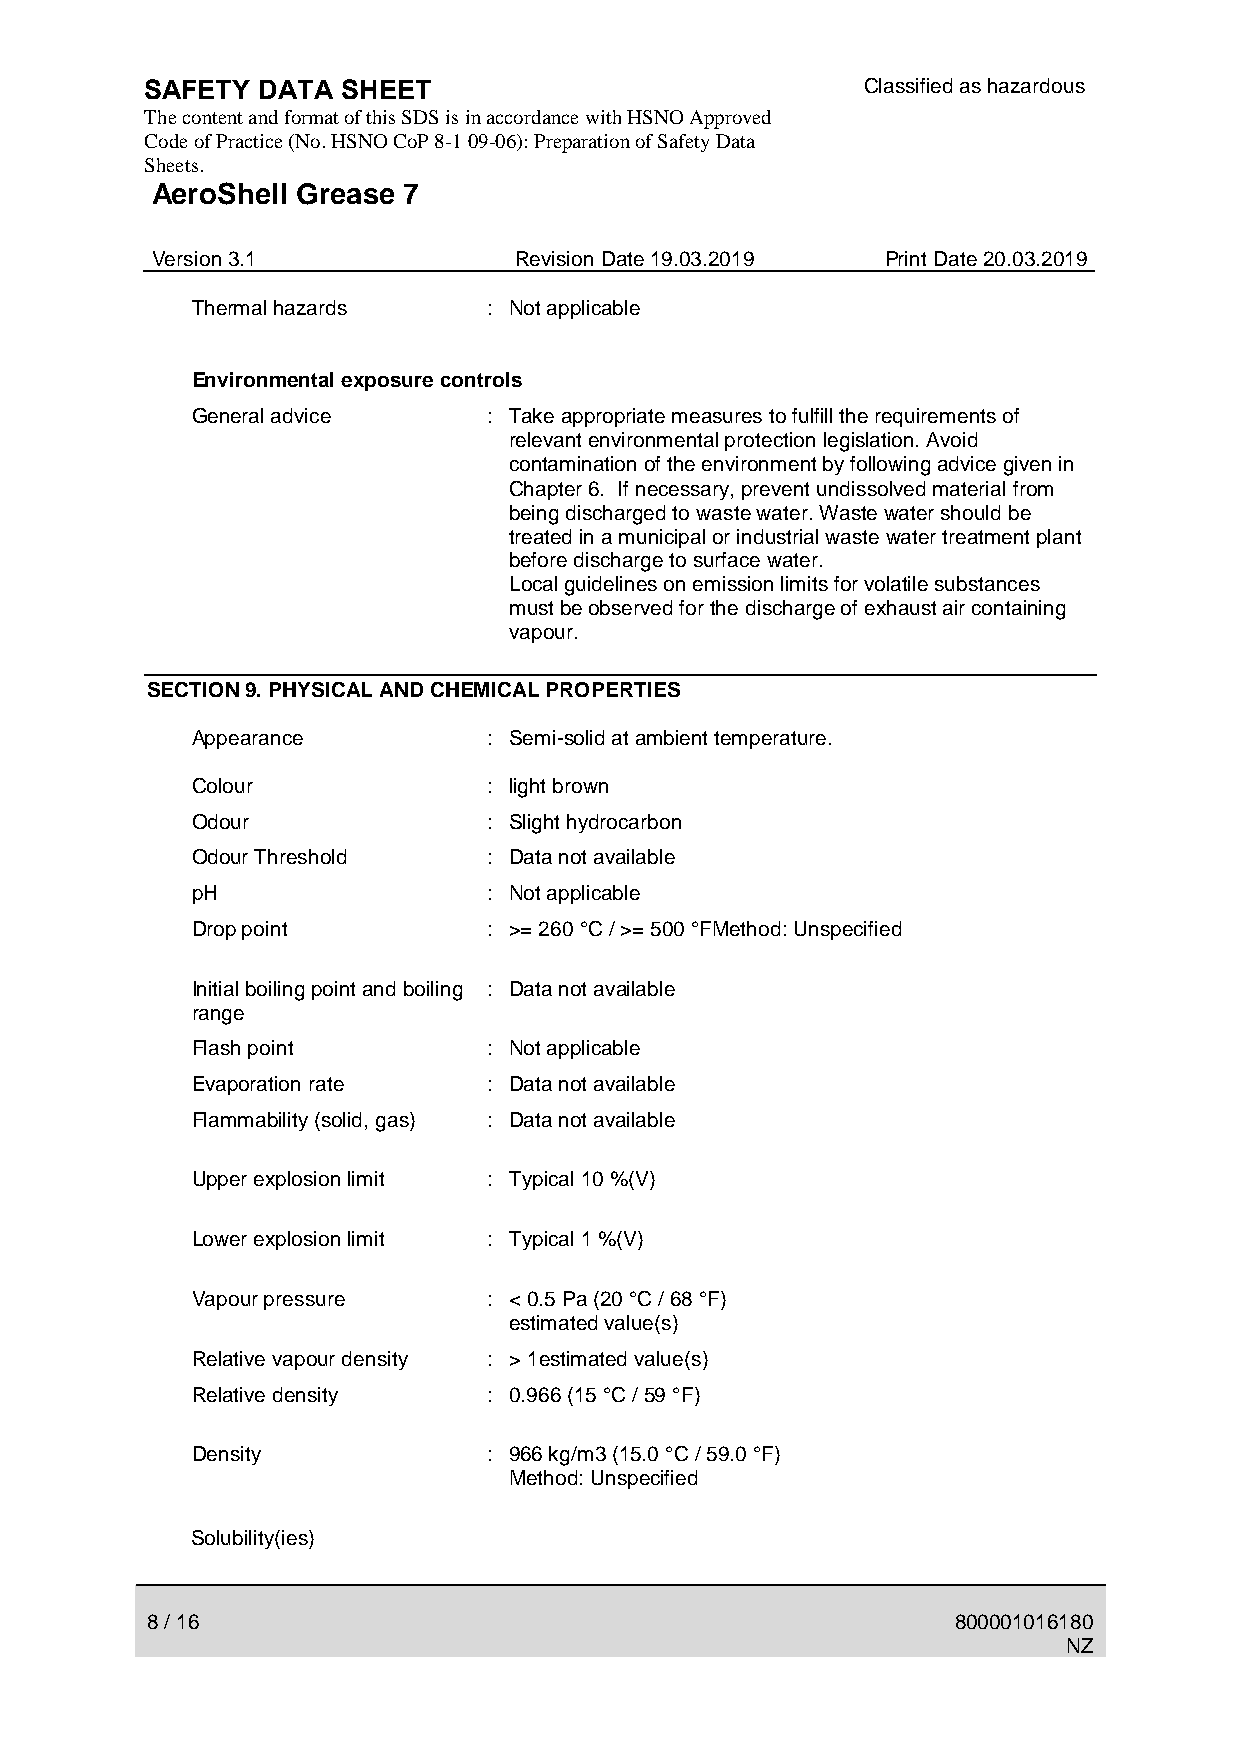
SAFETY DATA  SHEET                             Classified as hazardous
 The content and format of this SDS is in accordance with HSNO Approved
 Code of Practice (No. HSNO CoP 8-1 09-06): Preparation of Safety Data
 Sheets.
 AeroShell Grease 7
 Version 3.1             Revision Date 19.03.2019 Print Date 20.03.2019
 Thermal hazards    : Not applicable
 Environmental exposure controls
 General advice     : Take appropriate measures to fulfill the requirements of
 relevant environmental protection legislation. Avoid
 contamination of the environment by following advice given in
 Chapter 6. If necessary, prevent undissolved material from
 being discharged to waste water. Waste water should be
 treated in a municipal or industrial waste water treatment plant
 before discharge to surface water.
 Local guidelines on emission limits for volatile substances
 must be observed for the discharge of exhaust air containing
 vapour.
 SECTION 9. PHYSICAL AND CHEMICAL PROPERTIES
 Appearance         : Semi-solid at ambient temperature.
 Colour             : light brown
 Odour              : Slight hydrocarbon
 Odour Threshold    : Data not available
 pH                 : Not applicable
 Drop point         : >= 260 °C / >= 500 °FMethod: Unspecified
 Initial boiling point and boiling : Data not available
 range
 Flash point        : Not applicable
 Evaporation rate   : Data not available
 Flammability (solid, gas) : Data not available
 Upper explosion limit : Typical 10 %(V)
 Lower explosion limit : Typical 1 %(V)
 Vapour pressure    : < 0.5 Pa (20 °C / 68 °F)
 estimated value(s)
 Relative vapour density : > 1estimated value(s)
 Relative density   : 0.966 (15 °C / 59 °F)
 Density            : 966 kg/m3 (15.0 °C / 59.0 °F)
 Method: Unspecified
 Solubility(ies)
 8 / 16                                               800001016180
 NZ